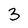
Character: 3